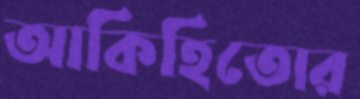
আকিহিতোর